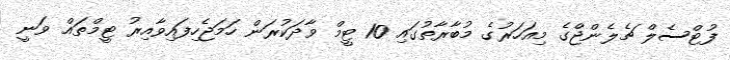
ފުޓްސެލް ޗެލެންޖްގެ މިއަހަރުގެ މުބާރާތުގައި 10 ޓީމް ވާދަކުރަަން ހަމަޖެހިފައިވާއިރު ޓީމްތައް ވަނީ